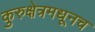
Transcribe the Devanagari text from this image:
कुरुक्षेत्रमधूनच